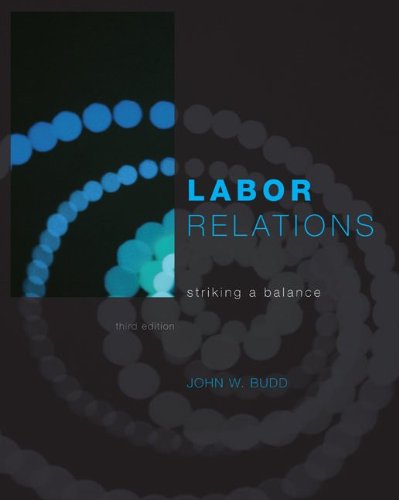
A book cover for Labor Relations: Striking a Balance; John Budd; Business & Money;